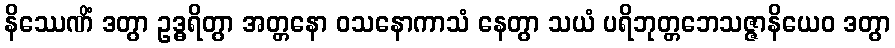
နိဿေဏိံ ဒတွာ ဥဒ္ဓရိတွာ အတ္တနော ဝသနောကာသံ နေတွာ သယံ ပရိဘုတ္တဘေသဇ္ဇာနိယေဝ ဒတွာ